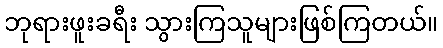
ဘုရားဖူးခရီး သွားကြသူများဖြစ်ကြတယ်။